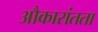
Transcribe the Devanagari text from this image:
औकारांतता